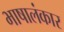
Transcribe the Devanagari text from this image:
भाषालंकार